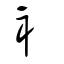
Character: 衤